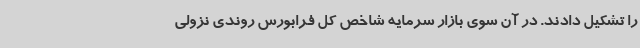
را تشکیل دادند. در آن سوی بازار سرمایه شاخص کل فرابورس روندی نزولی